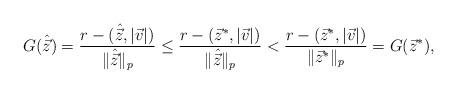
LaTeX: \begin{align*}G(\hat{\vec z}) = \frac{r -(\hat{\vec z},|\vec v|)}{\|\hat{\vec z}\|_p} \le \frac{r -(\vec z^*,|\vec v|)}{\|\hat{\vec z}\|_p}<\frac{r -(\vec z^*,|\vec v|)}{\|\vec z^*\|_p} = G(\vec z^*),\end{align*}